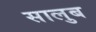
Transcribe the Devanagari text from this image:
सालुब